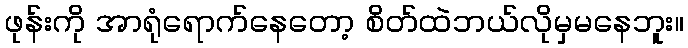
ဖုန်းကို အာရုံရောက်နေတော့ စိတ်ထဲဘယ်လိုမှမနေဘူး။